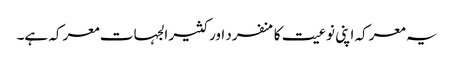
یہ معرکہ اپنی نوعیت کا منفرد اور کثیر الجہات معرکہ ہے۔